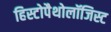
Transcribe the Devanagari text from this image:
हिस्टोपैथोलॉजिस्ट